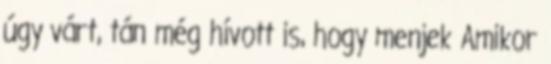
úgy várt, tán még hívott is, hogy menjek Amikor